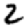
Digit: 2